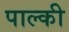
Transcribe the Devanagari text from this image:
पाल्की